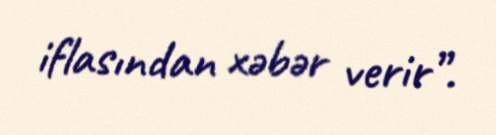
iflasından xəbər verir”.